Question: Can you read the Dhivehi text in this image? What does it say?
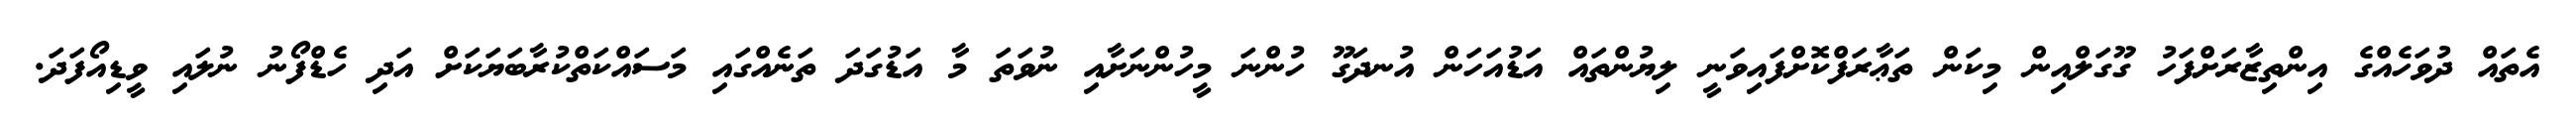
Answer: އެތައް ދުވަހެއްގެ އިންތިޒާރަށްފަހު ގޫގަލްއިން މިކަން ތަޢާރަފްކޮށްފައިވަނީ ލިޔުންތައް އަޑުއަހަން އުނދަގޫ ހުންނަ މީހުންނަށާއި ނުވަތަ މާ އަޑުގަދަ ތަނެއްގައި މަސައްކަތްކުރާބަޔަކަށް އަދި ހެޑްފޯނު ނުލައި ވީޑިއޯފަދަ.